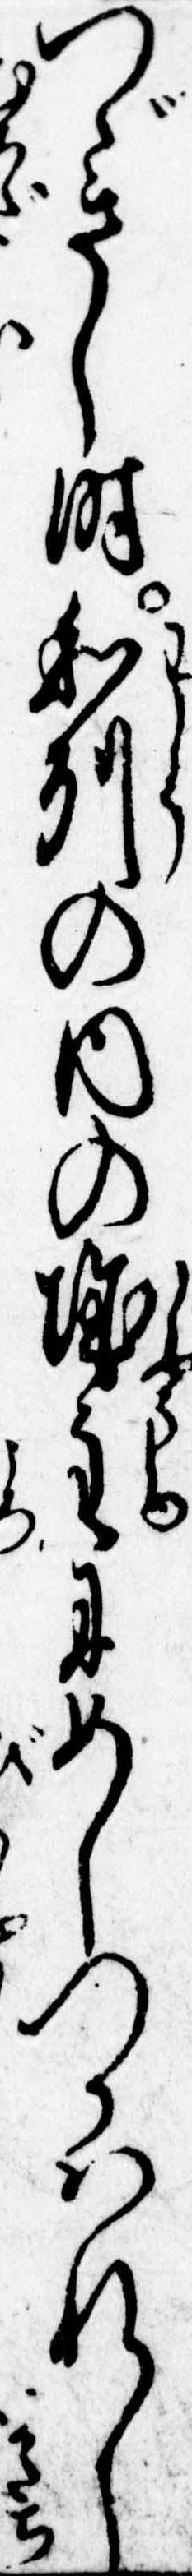
つゞきし時和州の内の城主にめしつかはれし